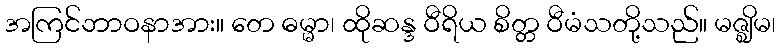
အကြင်ဘာဝနာအား။ တေ ဓမ္မာ၊ ထိုဆန္ဒ ဝီရိယ စိတ္တ ဝီမံသတို့သည်။ မဇ္ဈိမ၊